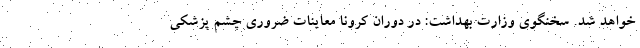
خواهد شد. سخنگوی وزارت بهداشت: در دوران کرونا معاینات ضروری چشم پزشکی